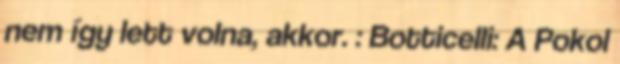
nem így lett volna, akkor. : Botticelli: A Pokol